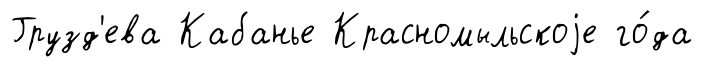
Грузд'ева Кабанье Красномыльскоjе го́да